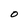
Character: O